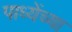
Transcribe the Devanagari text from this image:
पाध्येंच्या